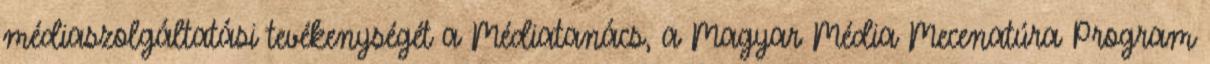
médiaszolgáltatási tevékenységét a Médiatanács, a Magyar Média Mecenatúra Program